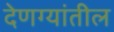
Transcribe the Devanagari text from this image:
देणग्यांतील